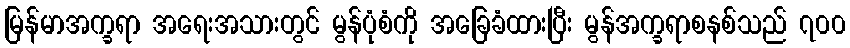
မြန်မာအက္ခရာ အရေးအသားတွင် မွန်ပုံစံကို အခြေခံထားပြီး မွန်အက္ခရာစနစ်သည် ၇၀၀